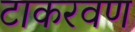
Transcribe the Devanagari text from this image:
टाकरवण